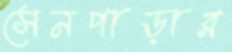
সেনপাড়ার